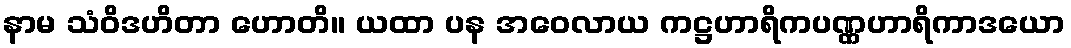
နာမ သံဝိဒဟိတာ ဟောတိ။ ယထာ ပန အဝေလာယ ကဋ္ဌဟာရိကပဏ္ဏဟာရိကာဒယော